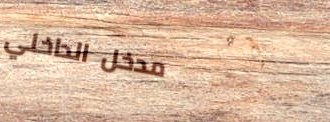
مدخل الداخلي